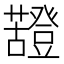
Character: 𧃵